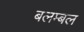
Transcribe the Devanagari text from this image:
बलम्बल